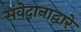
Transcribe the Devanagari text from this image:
संवेदानाद्वारे